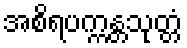
အစိရပက္ကန္တသုတ္တံ